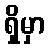
ရှိမှာ